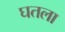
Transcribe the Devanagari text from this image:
घतला